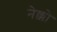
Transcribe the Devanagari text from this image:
नेक्को